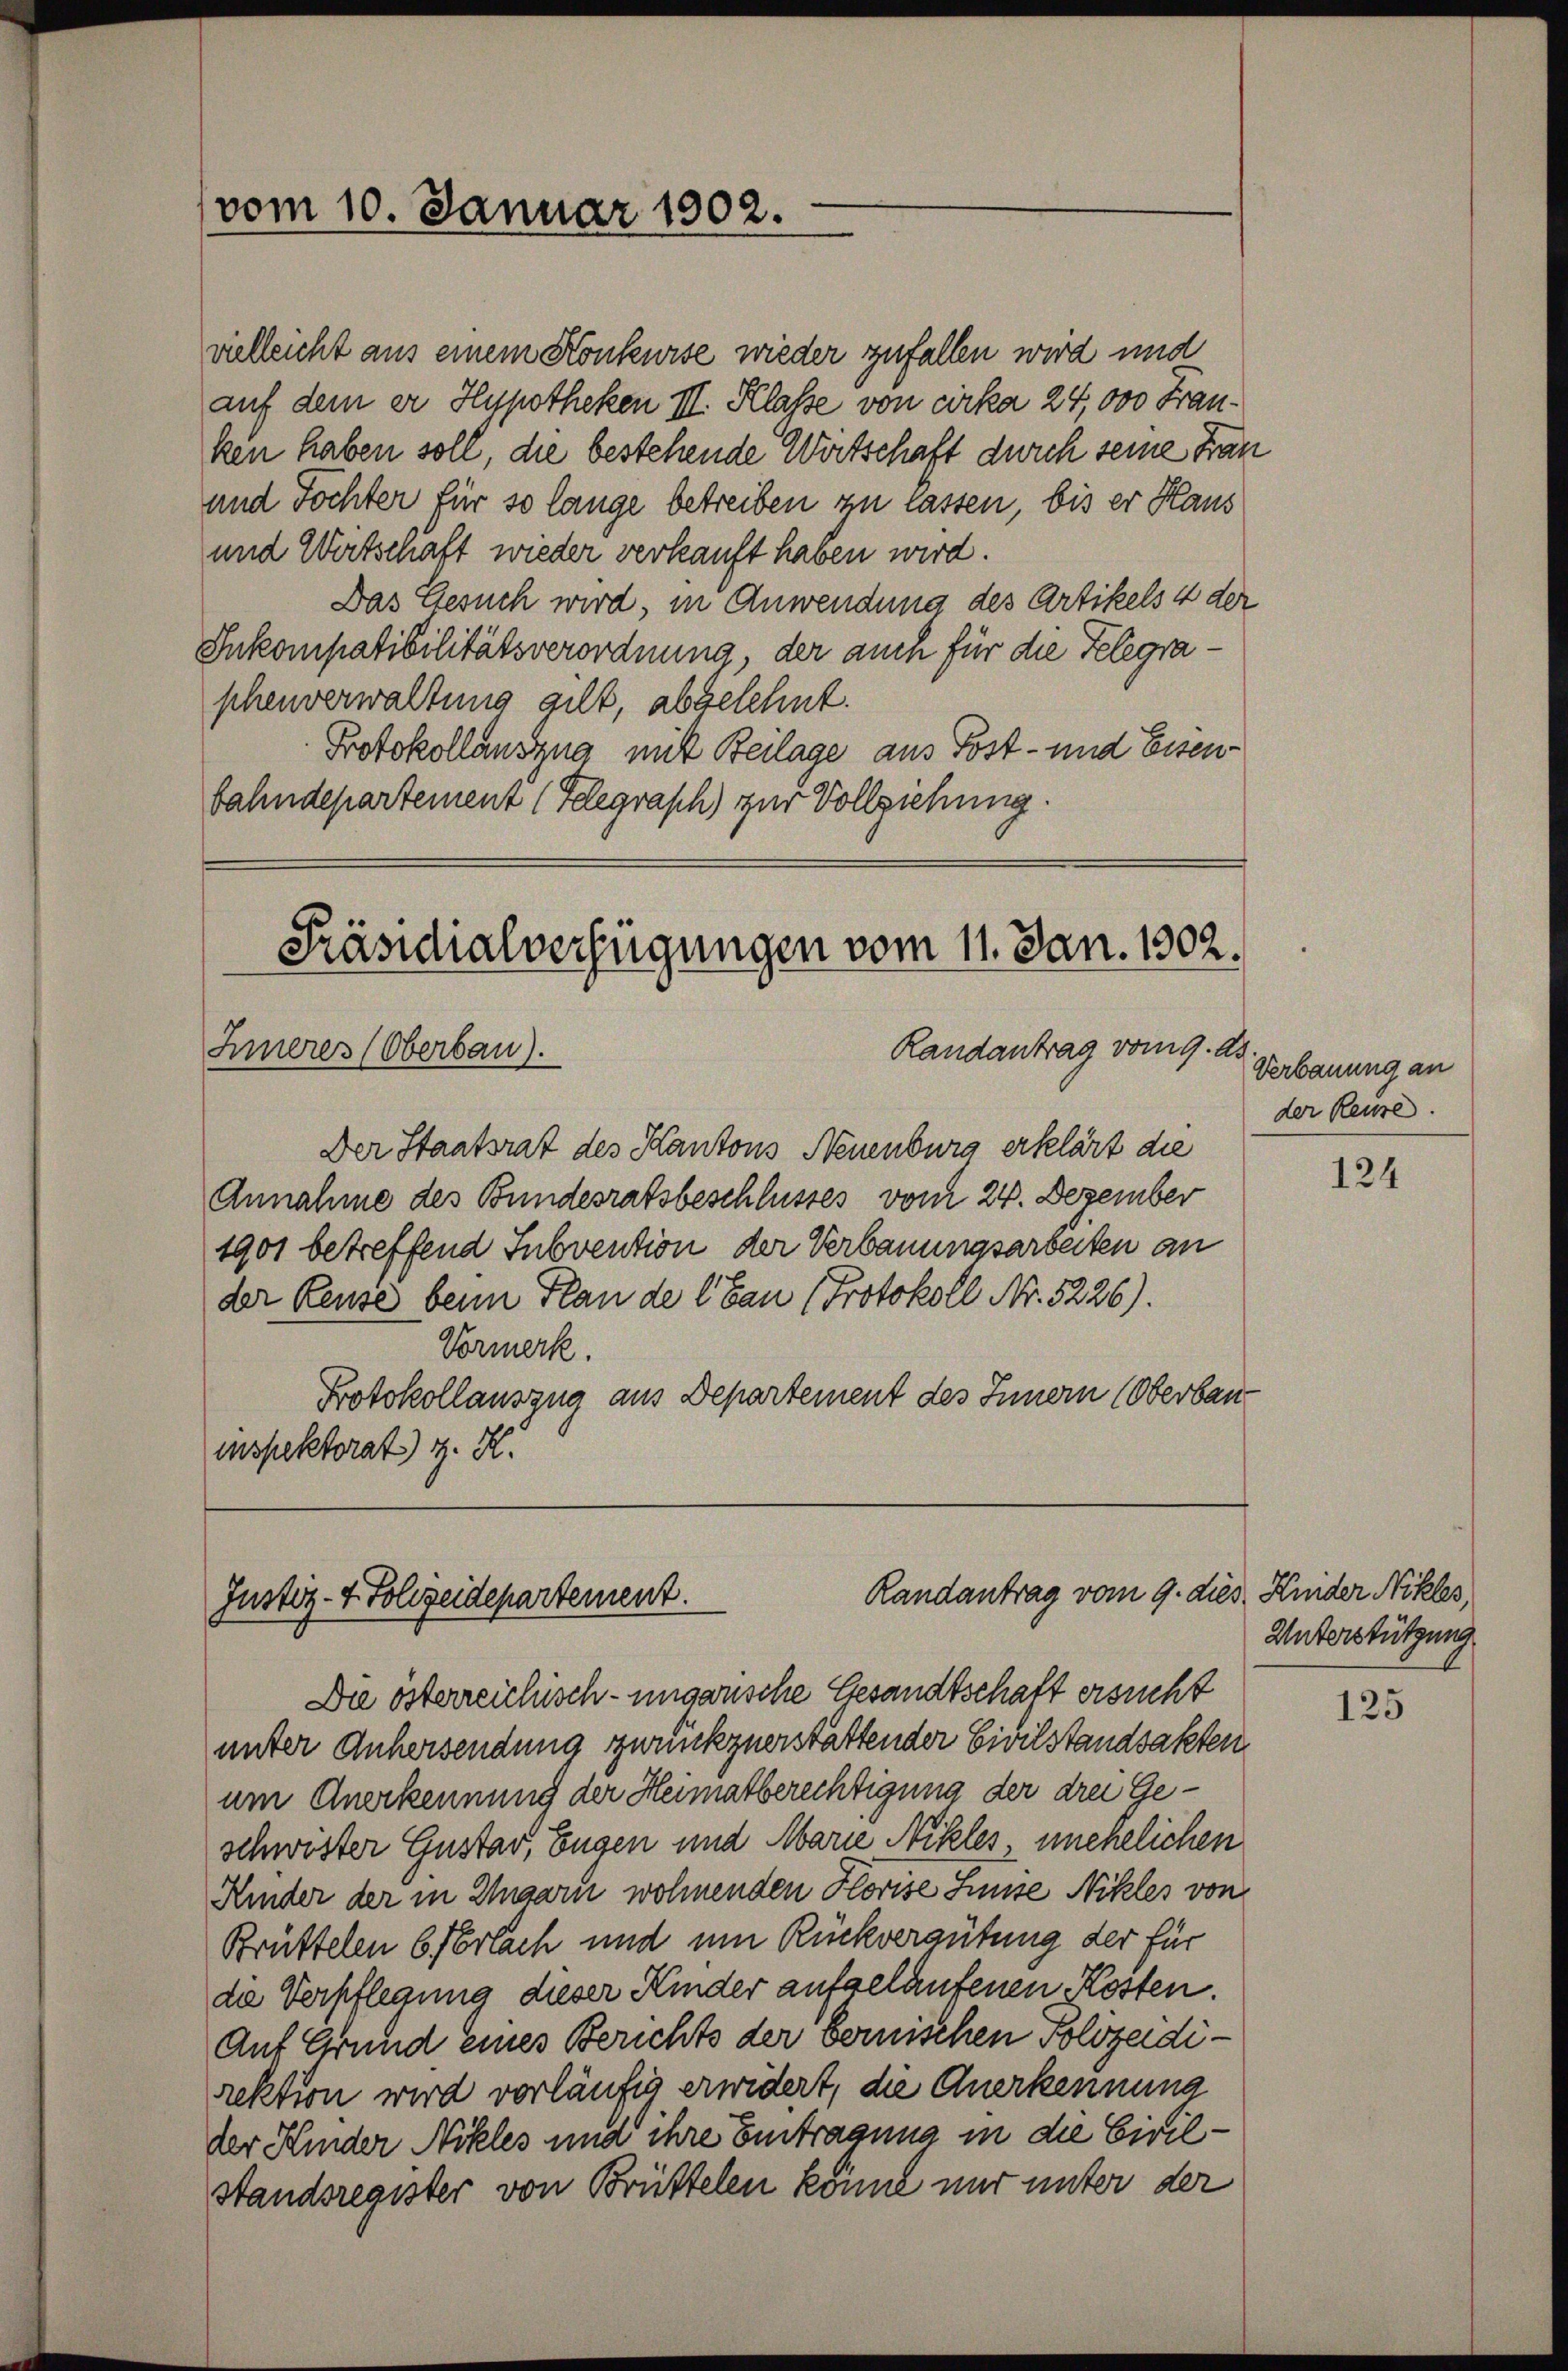
vom 10. Januar 1902.

vielleicht aus einem Konkurse wieder zufallen wird und
auf dem er Hypotheken III. Klasse von cirka 24,000 Franken haben soll, die bestehende Wirtschaft durch seine Frau
und Tochter für so lange betreiben zu lassen, bis er Haus
und Wertschaft wieder verkauft haben wird.
Das Gesuch wird, in Anwendung des Artikels 4 der
Inkompatibilitätsverordnung, der auch für die Telegraphenverwaltung gilt, abgelehnt.
Protokollauszug mit Beilage aus Post- und Eisenbahndepartement (Telegraph) zur Vollziehung.

Präsidialverfügungen vom 11. Jan. 1802.
Randantrag vom 9. ds
Inneres (Oberbau).

Der Staatsrat des Kantons Neuenburg erklärt die
Annahme des Bundesratsbeschlüsses vom 24. Dezember
1901 betreffend Subvention der Verbauungsarbeiten an
der Reuse beim Plan de lau (Protokoll Nr. 5226).
Vormerk.
Protokollauszug aus Departement des Innern (Oberbauinspektorat) z. H.

Die österreichisch-ungarische Gesandtschaft ersucht
unter Anhersendung zurükzuerstättender Civilstandsakten
um Anerkennung der Heimatberechtigung der drei Geschwister Gustav, Eugen und Marie Nikles unehelichen
Kinder der in Zigarn wohnenden Florise Linie Nikles von
Brüttelen 6 Parlach und um Rückvergütung der für
de Verpflegung dieser Kinder aufgelaufenen Kosten.
Auf Grund eines Berichts der Bernischen solvzadirektion wird vorläufig erwidert, die Anerkennung
der Kinder Nikles und ihre Eintragung in die Civil¬
Standsregister von Brüttelen könne nur unter der

Randantrag vom 9. dies Knider Niklas,
Justiz - 4. Folizeidepartement.

Verbauung an
der Reuse.

124

Unterstützung

125